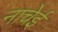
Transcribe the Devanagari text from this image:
नाचेई